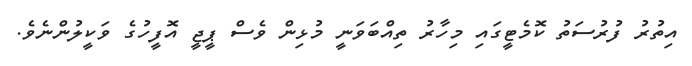
އިތުރު ފުރުސަތު ކޮމެޓީގައި މިހާރު ތިއްބަވަނީ މުޅިން ވެސް ޕީޖީ އޮފީހުގެ ވަކީލުންނެވެ.